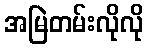
အမြဲတမ်းလိုလို